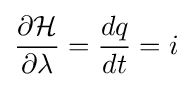
{\frac {\partial {\mathcal {H}}}{\partial \lambda }}={\frac {dq}{dt}}=i